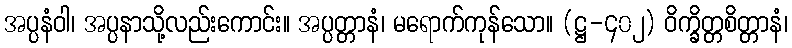
အပ္ပနံဝါ၊ အပ္ပနာသို့လည်းကောင်း။ အပ္ပတ္တာနံ၊ မရောက်ကုန်သော။ (ဋ္ဌ-၄၀၂) ဝိက္ခိတ္တစိတ္တာနံ၊